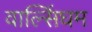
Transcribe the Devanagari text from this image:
वाल्सिंघम